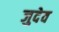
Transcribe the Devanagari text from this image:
जुदेव